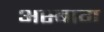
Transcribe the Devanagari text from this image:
अस्बाग